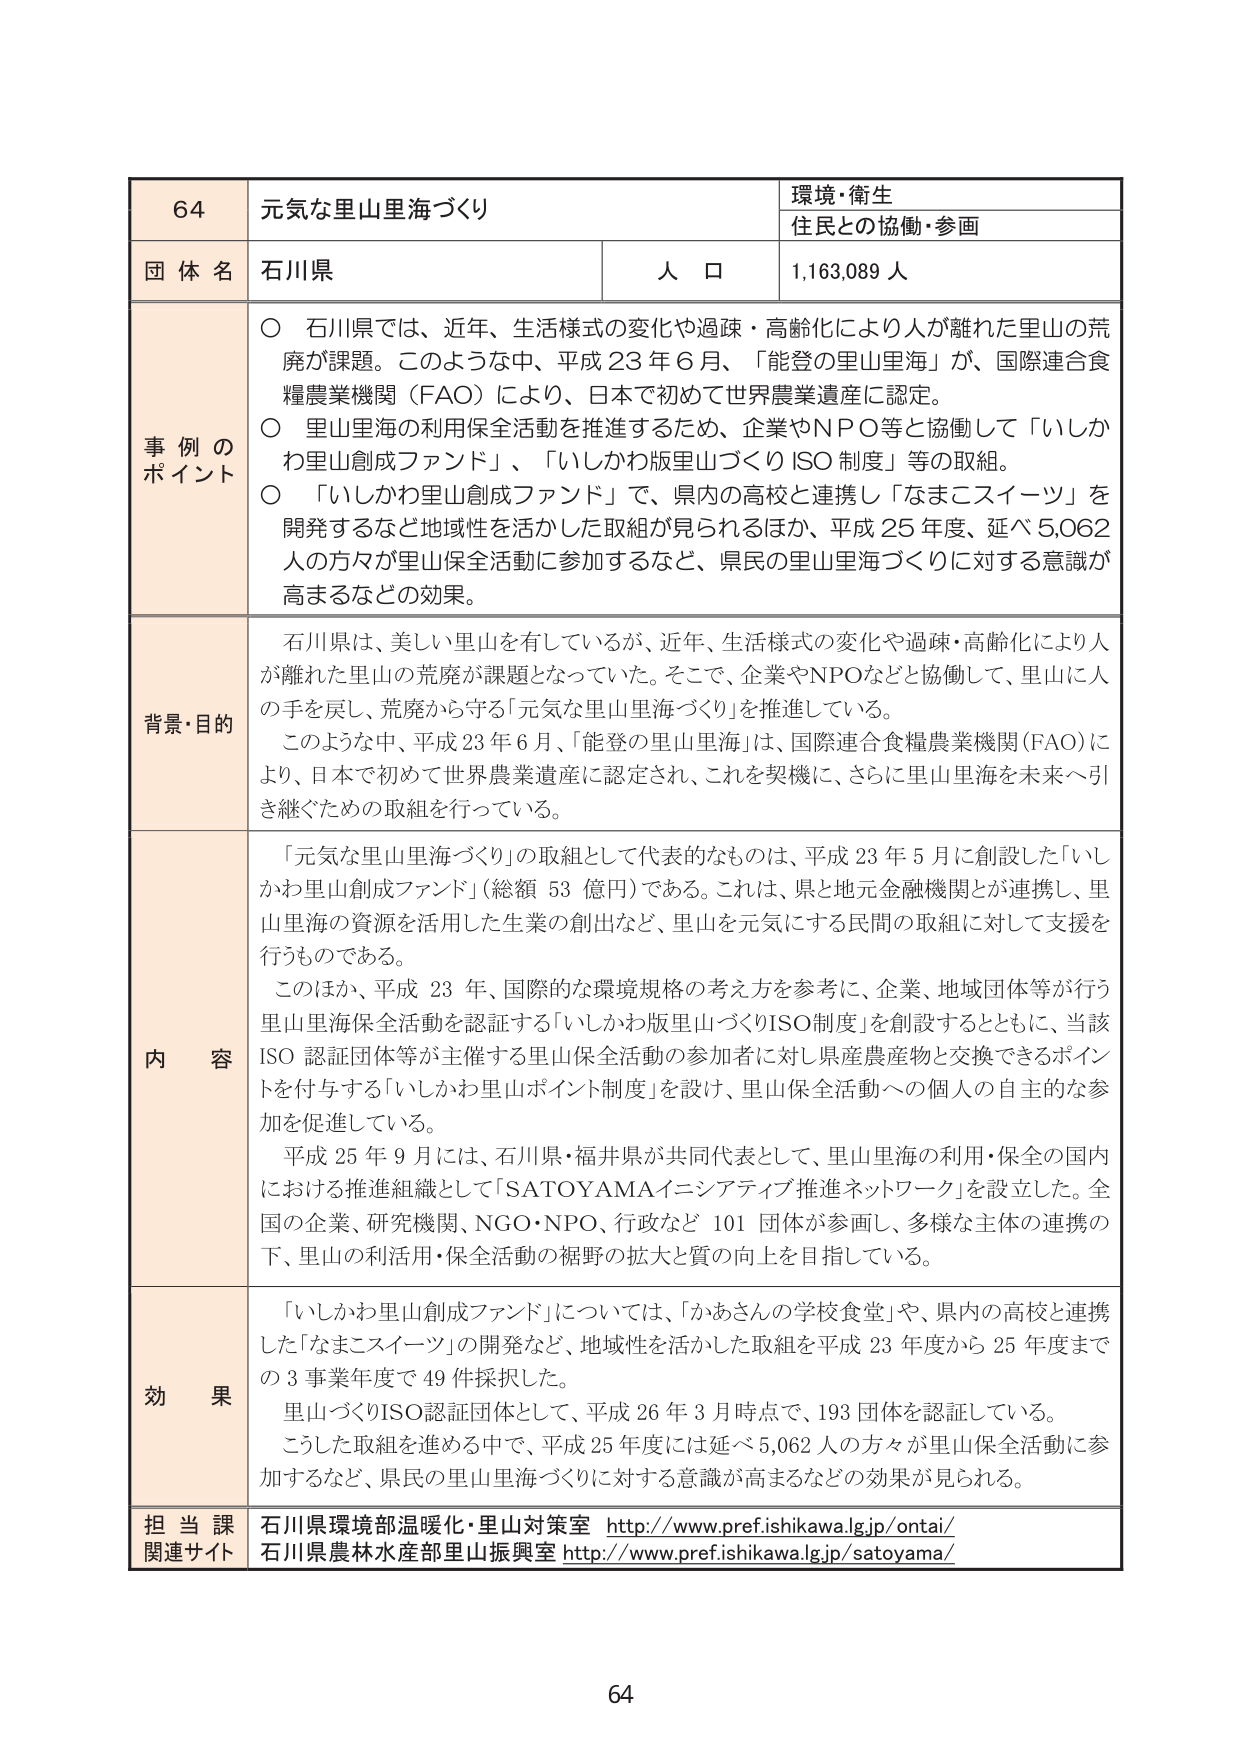
64 元気な里山里海づくり 環境・衛生 住民との協働・参画 団体名 石川県 人口 1,163,089人 事例のポイント ○ 石川県では、近年、生活様式の変化や過疎・高齢化により人が離れた里山の荒廃が課題。このような中、平成23年6月、「能登の里山里海」が、国際連合食糧農業機関（FAO）により、日本で初めて世界農業遺産に認定。 ○ 里山里海の利用保全活動を推進するため、企業やNPO等と協働して「いしかわ里山創成ファンド」、「いしかわ版里山づくりISO制度」等の取組。 ○ 「いしかわ里山創成ファンド」で、県内の高校と連携し「なまこスイーツ」を開発するなど地域性を活かした取組が見られるほか、平成25年度、延べ5,062人の方々が里山保全活動に参加するなど、県民の里山里海づくりに対する意識が高まるなどの効果。 背景・目的 石川県は、美しい里山を有しているが、近年、生活様式の変化や過疎・高齢化により人が離れた里山の荒廃が課題となっていた。そこで、企業やNPOなどと協働して、里山に人の手を戻し、荒廃から守る「元気な里山里海づくり」を推進している。 このような中、平成23年6月、「能登の里山里海」は、国際連合食糧農業機関（FAO）により、日本で初めて世界農業遺産に認定され、これを契機に、さらに里山里海を未来へ引き継ぐための取組を行っている。 内容 「元気な里山里海づくり」の取組として代表的なものは、平成23年5月に創設した「いしかわ里山創成ファンド」（総額53億円）である。これは、県と地元金融機関とが連携し、里山里海の資源を活用した生業の創出など、里山を元気にする民間の取組に対して支援を行うものである。 このほか、平成23年、国際的な環境規格の考え方を参考に、企業、地域団体等が行う里山里海保全活動を認証する「いしかわ版里山づくりISO制度」を創設するとともに、当該ISO認証団体等が主催する里山保全活動の参加者に対し県産農産物と交換できるポイントを付与する「いしかわ里山ポイント制度」を設け、里山保全活動への個人の自主的な参加を促進している。 平成25年9月には、石川県・福井県が共同代表として、里山里海の利用・保全の国内における推進組織として「SATOYAMAイニシアティブ推進ネットワーク」を設立した。全国の企業、研究機関、NGO・NPO、行政など101団体が参画し、多様な主体の連携の下、里山の利活用・保全活動の裾野の拡大と質の向上を目指している。 効果 「いしかわ里山創成ファンド」については、「かあさんの学校食堂」や、県内の高校と連携した「なまこスイーツ」の開発など、地域性を活かした取組を平成23年度から25年度までの3事業年度で49件採択した。 里山づくりISO認証団体として、平成26年3月時点で、193団体を認証している。 こうした取組を進める中で、平成25年度には延べ5,062人の方々が里山保全活動に参加するなど、県民の里山里海づくりに対する意識が高まるなどの効果が見られる。 担当課 関連サイト 石川県環境部温暖化・里山対策室 http://www.pref.ishikawa.lg.jp/ontai/ 石川県農林水産部里山振興室 http://www.pref.ishikawa.lg.jp/satoyama/ 64